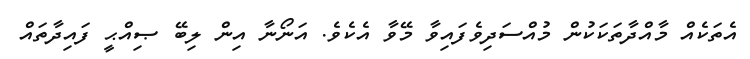
އެތަކެއް މާއްދާތަކަކުން މުއްސަދިވެފައިވާ މޭވާ އެކެވެ. އަނޯނާ އިން ލިބޭ ޞިއްޙީ ފައިދާތައް